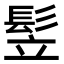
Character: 𩬦